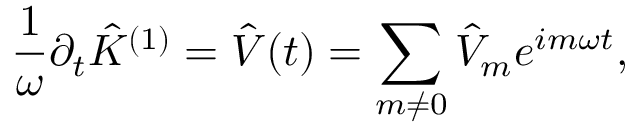
\frac { 1 } { \omega } \partial _ { t } \hat { K } ^ { ( 1 ) } = \hat { V } ( t ) = \sum _ { m \neq 0 } \hat { V } _ { m } e ^ { i m \omega t } ,